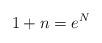
LaTeX: \begin{align*}1+n =e^{N}\end{align*}